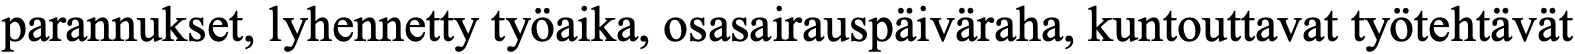
parannukset, lyhennetty työaika, osasairauspäiväraha, kuntouttavat työtehtävät